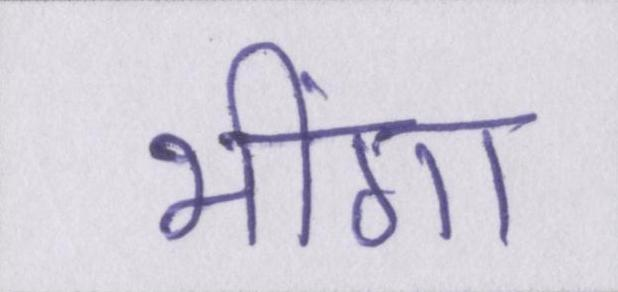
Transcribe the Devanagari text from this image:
भींगा